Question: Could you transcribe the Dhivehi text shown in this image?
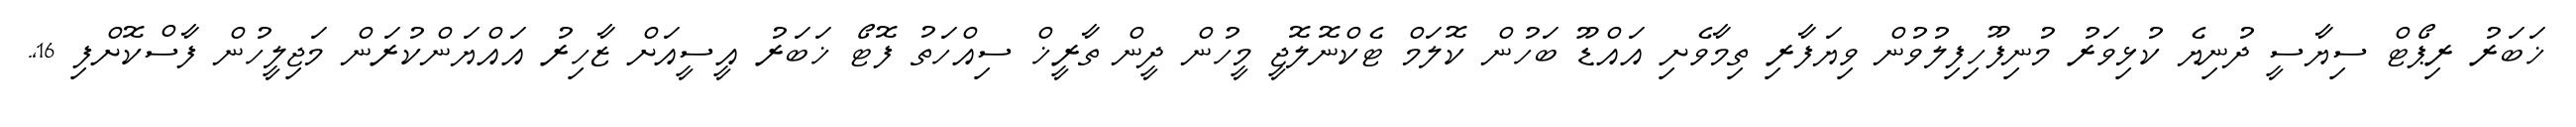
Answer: ޚަބަރު ރިޕޯޓް ސިޔާސީ ދުނިޔެ ކުޅިވަރު މުނިފޫހިފިލުވުން ވިޔަފާރި ތިމާވެށި އައްޑޫ ބަހުން ކޮލަމް ޓެކްނޮލޮޖީ މީހުން ދީން ތާރީޚް ސިއްހަތު ފޮޓޯ ޚަބަރު އީސީއަށް ޒާހިރު އައްޔަންކުރަން މަޖިލީހުން ފާސްކޮށްފި 16,.